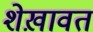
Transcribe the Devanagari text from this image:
शेख़ावत